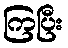
ကြပြီး